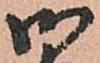
御